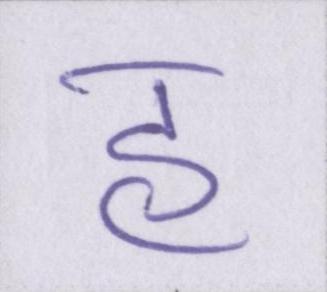
हु